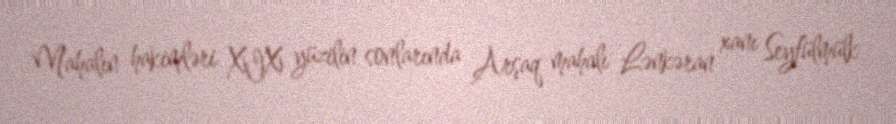
Mahalın hakimləri XIX yüzilin sonlarında Arşaq mahalı Lənkəran xanı Seyfülmülk